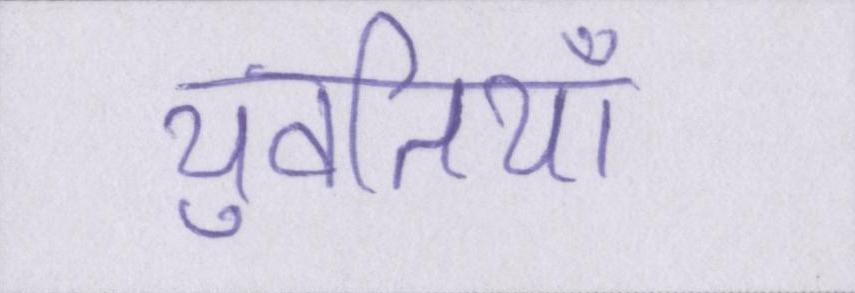
युवतियाँ